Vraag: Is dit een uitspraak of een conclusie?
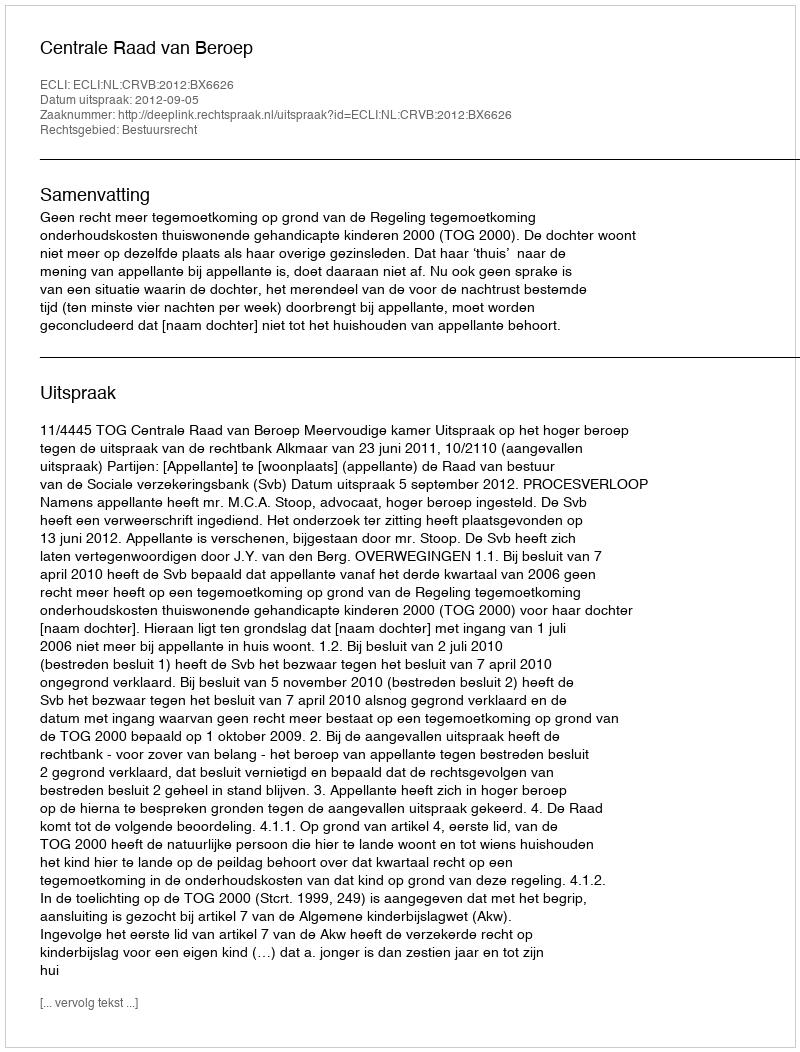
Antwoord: Uitspraak